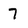
Character: 7